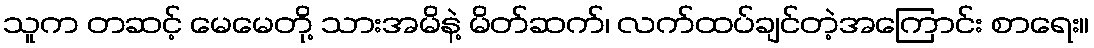
သူက တဆင့် မေမေတို့ သားအမိနဲ့ မိတ်ဆက်၊ လက်ထပ်ချင်တဲ့အကြောင်း စာရေး။